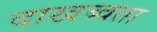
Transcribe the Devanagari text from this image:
दाखब्वता